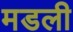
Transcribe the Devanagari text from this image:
मडली